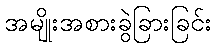
အမျိုးအစားခွဲခြားခြင်း